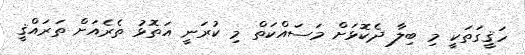
ހަޤީގަތަކީ މި ބިލާ ދެކޮޅަށް މަސައްކަތް މި ކުރަނީ އަތޮޅު ތެރެއަށް ތަރައްޤީ